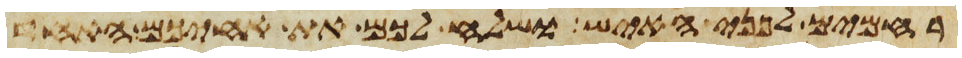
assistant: רחמים לפני האיש ושלח לכם את אחיכם האחד